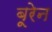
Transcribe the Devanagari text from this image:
बूरेन